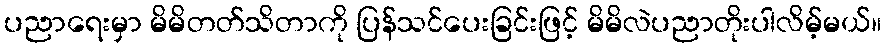
ပညာရေးမှာ မိမိတတ်သိတာကို ပြန်သင်ပေးခြင်းဖြင့် မိမိလဲပညာတိုးပါလိမ့်မယ်။